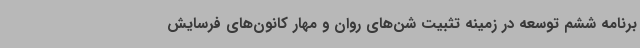
برنامه ششم توسعه در زمینه تثبیت شن‌های روان و مهار کانون‌های فرسایش